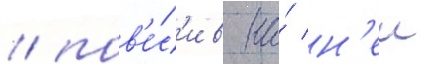
/ пов'е́с'ив на́ н'еи